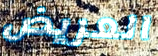
العريض